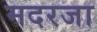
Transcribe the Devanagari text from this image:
मदरजा